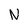
Character: N